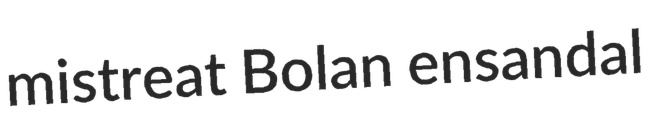
mistreat Bolan ensandal